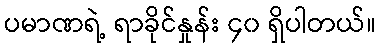
ပမာဏရဲ့ ရာခိုင်နှုန်း ၄၀ ရှိပါတယ်။